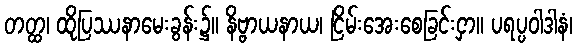
တတ္ထ၊ ထိုပြဿနာမေးခွန်း၌။ နိဗ္ဗာယနာယ၊ ငြိမ်းအေးစေခြင်းငှာ။ ပရပ္ပဝါဒါနံ၊